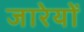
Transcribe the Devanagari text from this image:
जारेयों